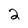
Character: 2